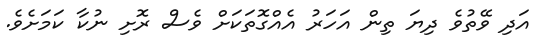
އަދި ވޭތުވެ ދިޔަ ތިން އަހަރު އެއްގޮތަކަށް ވެސް ރޮށި ނުކާ ކަމަށެވެ.